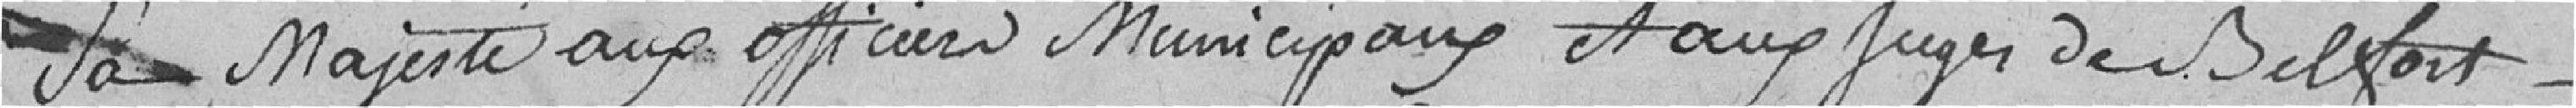
Sa Majesté aux officiers municipaux et aux juges de Belfort